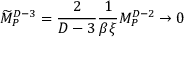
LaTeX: { \widetilde M } _ { P } ^ { D - 3 } = { \frac { 2 } { D - 3 } } { \frac { 1 } { \beta \xi } } M _ { P } ^ { D - 2 } \rightarrow 0